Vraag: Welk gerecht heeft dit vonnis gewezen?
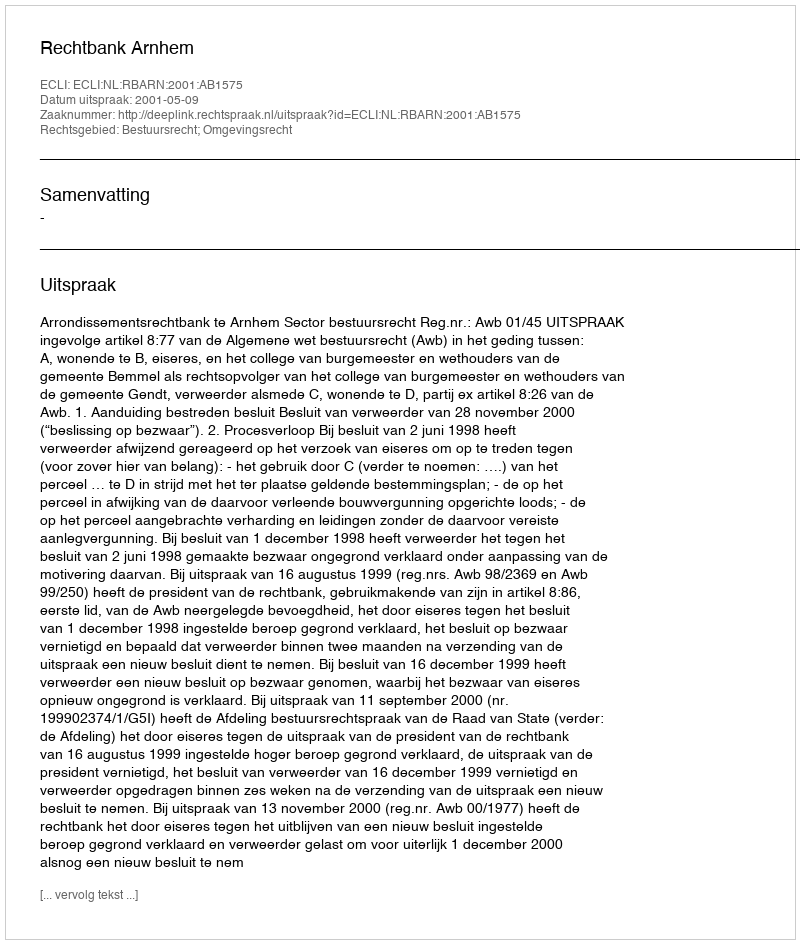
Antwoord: Rechtbank Arnhem